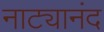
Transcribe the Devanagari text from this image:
नाट्यानंद